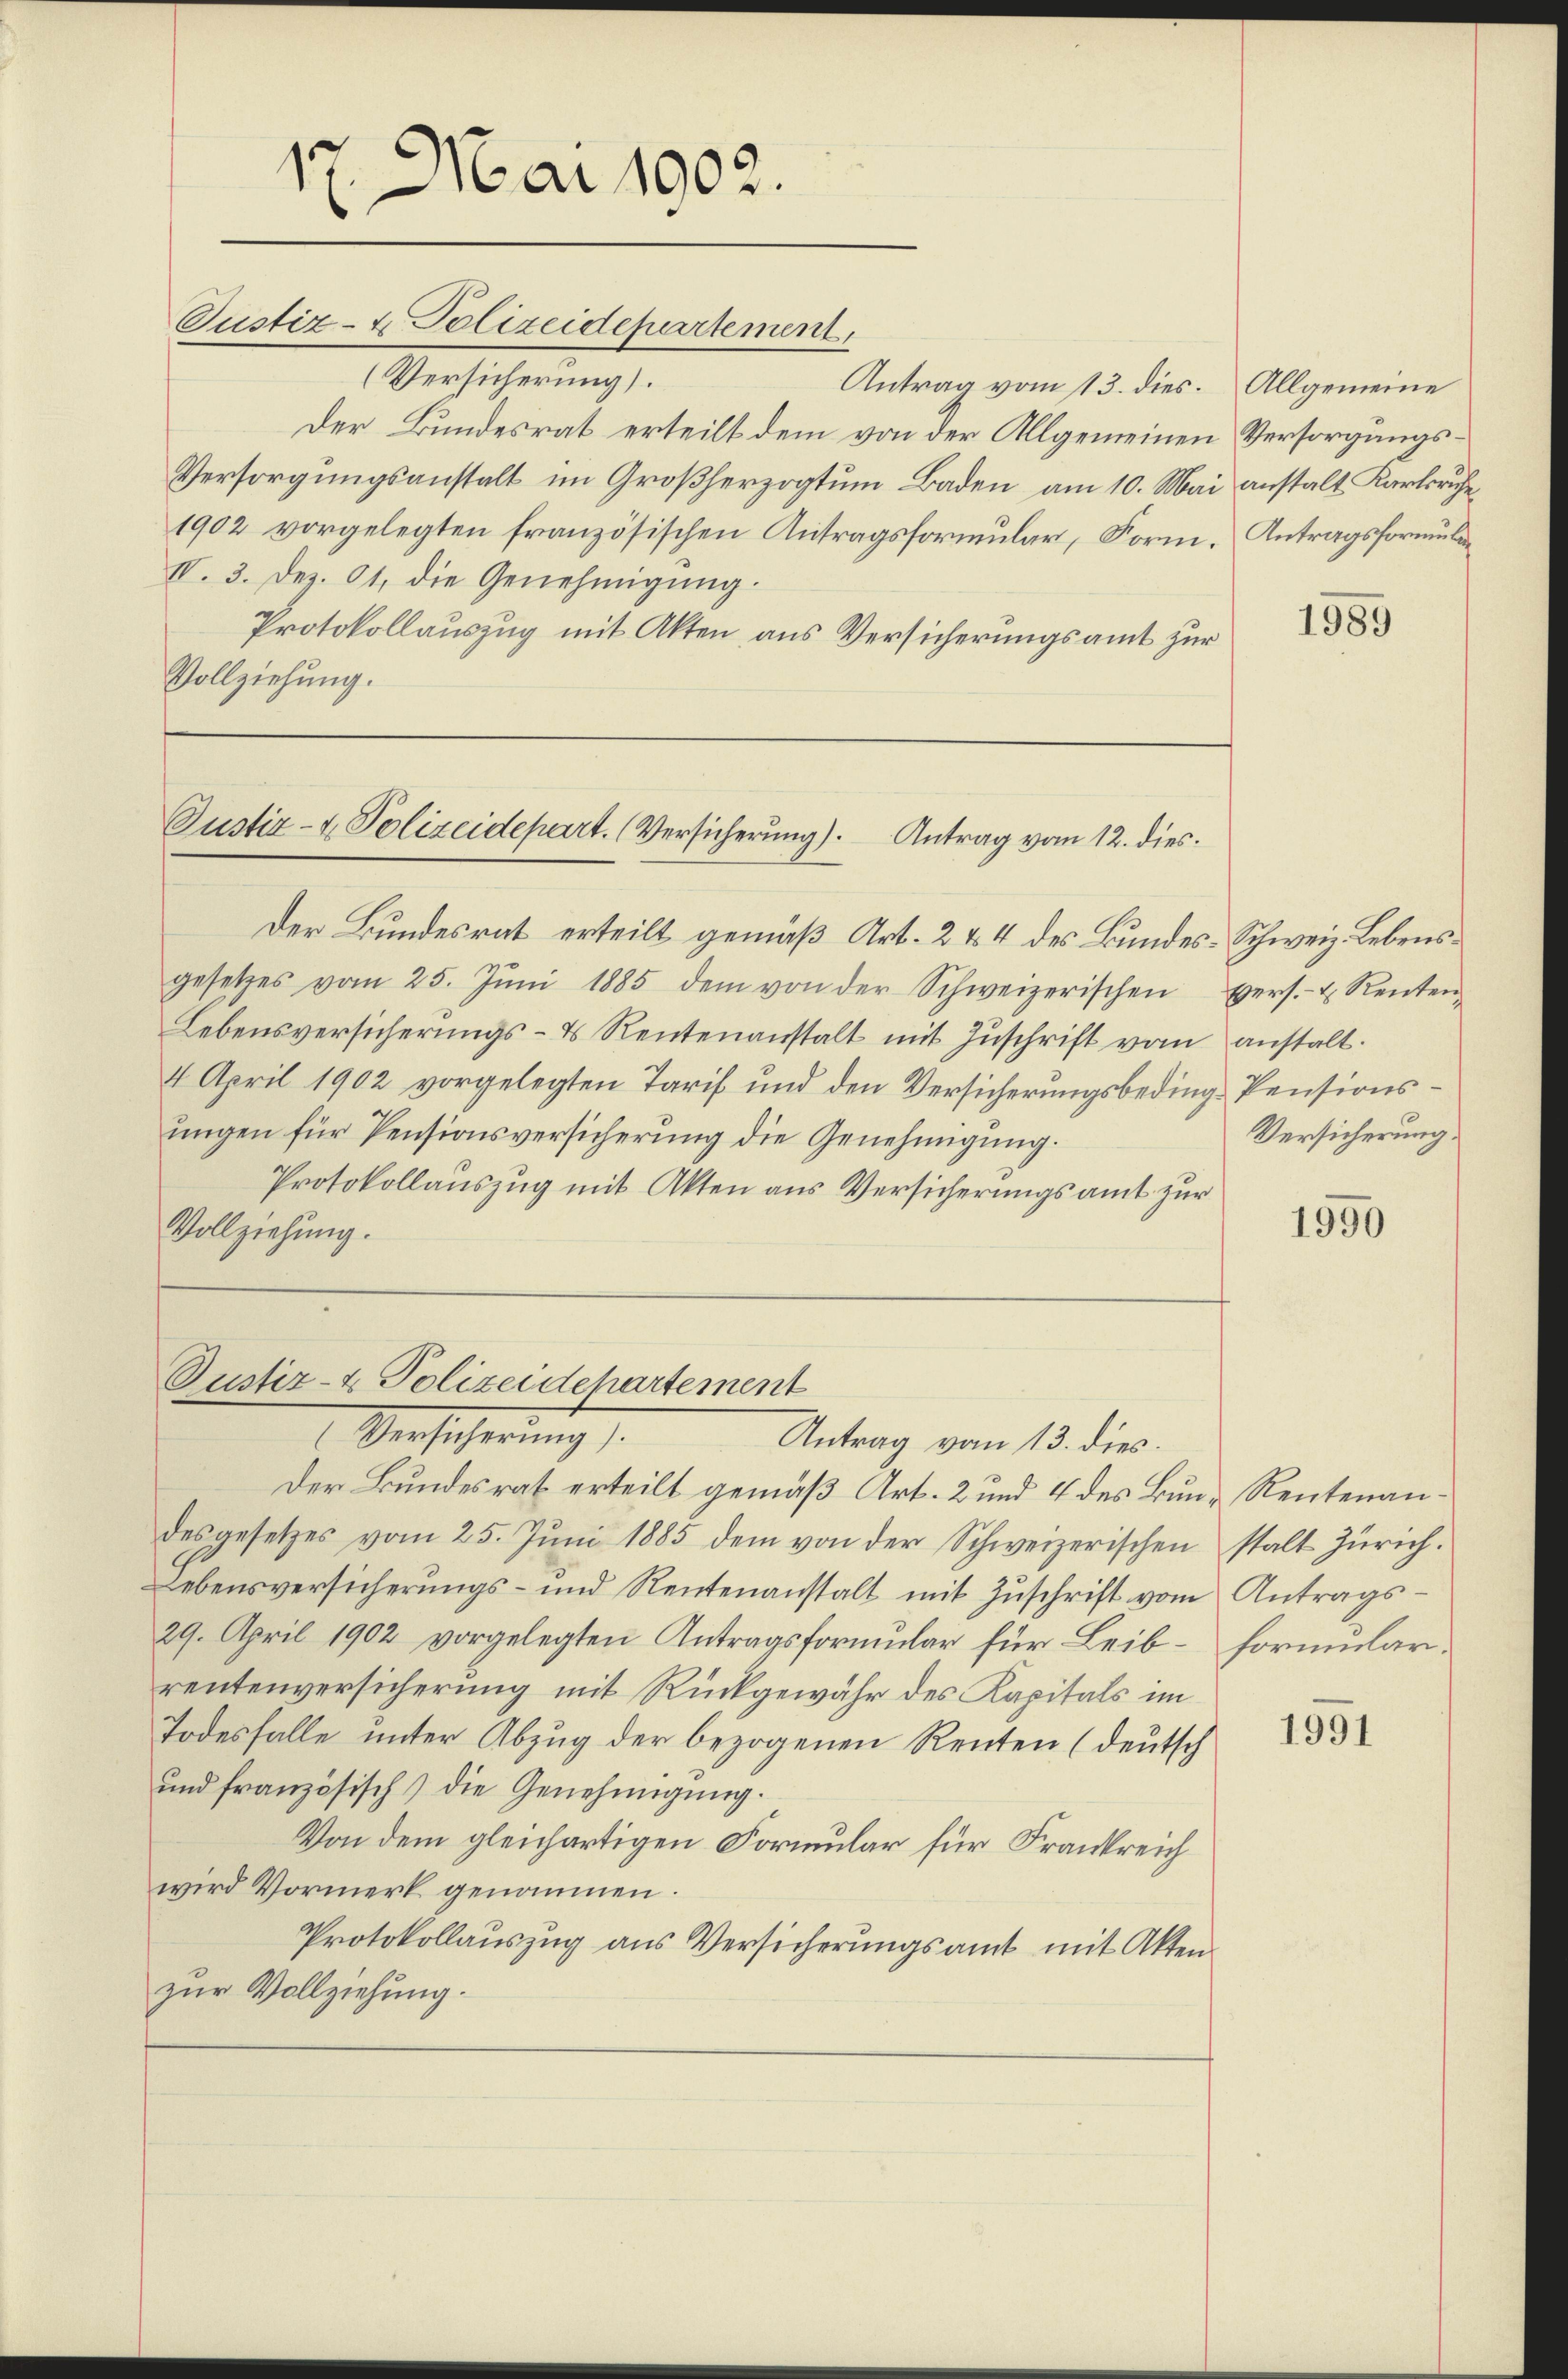
Justiz- & Polizeidepartement
(Versicherung).
Der Bundesrat erteilt dem von der Allgemeinen Versorgungs¬
Versorgungsanstalt im Großherzogtum Baden am 10. Mai anstalt Karlsruhe¬
1902 vorgelegten französischen Antragsformular, Form. Antragsformular¬
IV. 3. Dez. 61, die Genehmigung.
Protokollauszug mit Akten aus Versicherungsamt zur
Vollziehung.

Der Bundesrat erteilt gemäß Art. 2 & 4 des Bundes-Schweiz. Lebensgesetzes vom 25. Jŭni 1885 dem von der Schweizerischen
Lebensversicherŭngs- & Rentenanstalt mit Zuschrift vom anstalt.
4 April 1902 vorgelegten Tarif und den Versicherungsbeding-Pensionsungen für Pensionsversicherung die Genehmigung.
Protokollauszug mit Akten aus Versicherungsamt zur
Vollziehung.

17. Mai 1903.

Justiz- & Polizeidepart. (Versicherung). Antrag vom 12. dies

Justiz- & Polizeidchartement
Versicherung

Antrag vom 13. dies

Antrag vom 13. dies. Allgemeine

Der Bundesrat erteilt gemäß Art. 2 und 4 des Bun-Rentenandesgesetzes vom 25. Jŭni 1885 dem von der Schweizerischen stalt Zürich.
Lebensversicherŭngs- und Rentenanstalt mit Zŭschrift vom Antrags-
29. April 1902 vorgelegten Antragsformular für Leib-formularirentenversicherung mit Rückgewähr des Kapitals im
Todesfalle unter Abzug der bezogenen Renten (deutsch
und französisch) die Genehmigung.
Von dem gleichartigen Formular für Frankreich
wird Vormerk genommen.
Protokollauszug aus Versicherungsamt mit Aktenzur Vollziehung.

1989

Vers.- u. Renten
Versicherung.

1990

1991